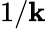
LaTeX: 1/\mathbf{k}